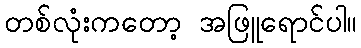
တစ်လုံးကတော့ အဖြူရောင်ပါ။